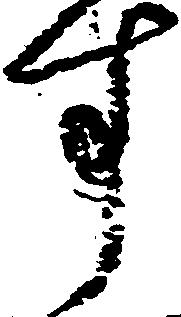
す